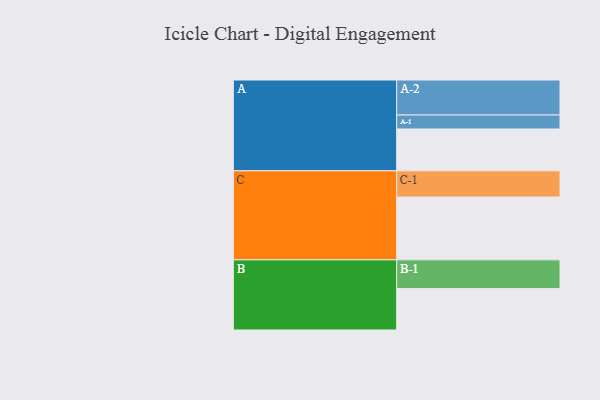
{"axis": {"x": "Segment", "y": "Value"}, "legend": ["", "A", "B", "C"], "data": [{"x": "A", "y": 342, "type": ""}, {"x": "B", "y": 338, "type": ""}, {"x": "C", "y": 513, "type": ""}, {"x": "A-1", "y": 114, "type": "A"}, {"x": "A-2", "y": 286, "type": "A"}, {"x": "B-1", "y": 235, "type": "B"}, {"x": "C-1", "y": 214, "type": "C"}]}